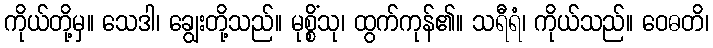
ကိုယ်တို့မှ။ သေဒါ၊ ချွေးတို့သည်။ မုစ္စိံသု၊ ထွက်ကုန်၏။ သရီရံ၊ ကိုယ်သည်။ ဝေဓတိ၊